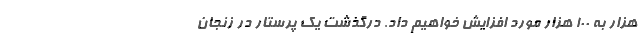
هزار به 100 هزار مورد افزایش خواهیم داد. درگذشت یک پرستار در زنجان